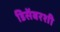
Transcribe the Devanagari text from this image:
डिसेंबरशी